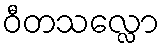
ဝီတသလ္လော